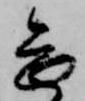
畏